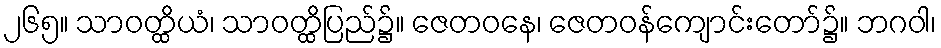
၂၆၅။ သာဝတ္ထိယံ၊ သာဝတ္ထိပြည်၌။ ဇေတဝနေ၊ ဇေတဝန်ကျောင်းတော်၌။ ဘဂဝါ၊